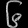
Digit: ၆